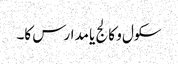
سکول و کالج یا مدارس کا۔